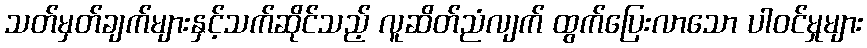
သတ်မှတ်ချက်များနှင့်သက်ဆိုင်သည့် လူဆိတ်ညံလျက် ထွက်ပြေးလာသော ပါဝင်မှုများ